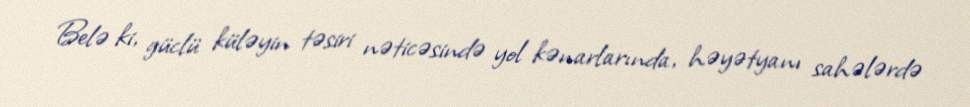
Belə ki, güclü küləyin təsiri nəticəsində yol kənarlarında, həyətyanı sahələrdə